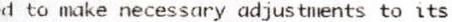
D TO MAKE NECESSARY ADJUSTMENTS TO ITS